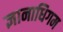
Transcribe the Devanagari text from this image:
ज्ञानाधिगम